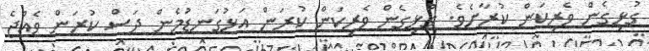
ގުޅިގެން ވެރިކަން ކުރާށެވެ. ގުޅިގެން ވެރިކަން ކުރަން އަޅުގަނޑުމެން ދަސް ކުރަން ވެއްޖެ